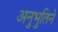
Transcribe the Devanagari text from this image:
अनुभुतिने